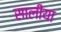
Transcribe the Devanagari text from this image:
सालीया